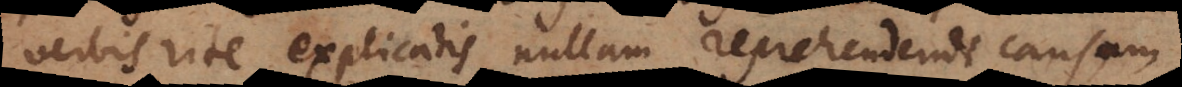
verbis rite explicatis nullam reprehendendi causam